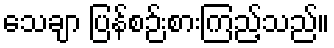
သေချာ ပြန်စဉ်းစားကြည့်သည်။